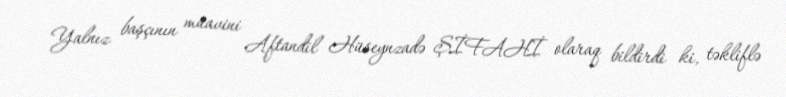
Yalnız başçının müavini Aftandil Hüseynzadə ŞİFAHİ olaraq bildirdi ki, təkliflə